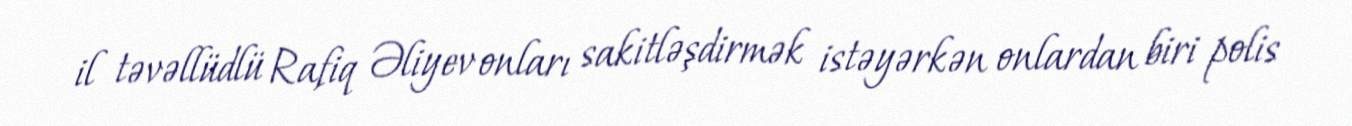
il təvəllüdlü Rafiq Əliyev onları sakitləşdirmək istəyərkən onlardan biri polis